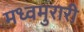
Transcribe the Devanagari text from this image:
मध्वमुरारी